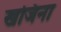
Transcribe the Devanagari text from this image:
खजिना